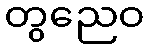
တွညေဝ